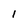
Character: 1